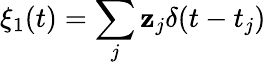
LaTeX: \xi_{1}(t)=\sum_{j}\mathbf{z}_{j}\delta(t-t_{j})